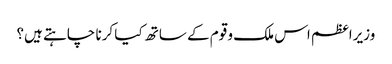
وزیراعظم اس ملک و قوم کے ساتھ کیا کرنا چاہتے ہیں؟